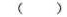
( )